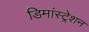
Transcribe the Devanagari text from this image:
डिमांस्ट्रेशन